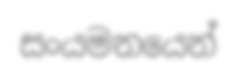
සංයමනයෙන්